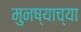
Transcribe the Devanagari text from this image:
मुनष्याच्या